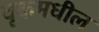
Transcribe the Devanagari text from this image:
वृकमधील